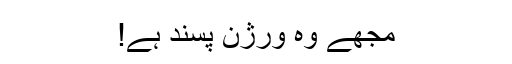
مجھے وہ ورژن پسند ہے!